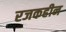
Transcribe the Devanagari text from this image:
रजकहीन